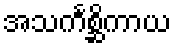
အသင်္ကစ္ဆိကာယ